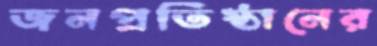
জনপ্রতিষ্ঠানের